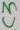
Text: C3